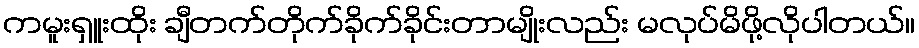
ကမူးရှူးထိုး ချီတက်တိုက်ခိုက်ခိုင်းတာမျိုးလည်း မလုပ်မိဖို့လိုပါတယ်။